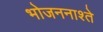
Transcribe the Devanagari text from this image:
भोजननाश्ते